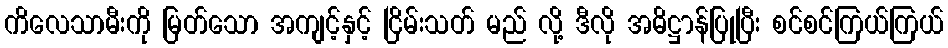
ကိလေသာမီးကို မြတ်သော အကျင့်နှင့် ငြိမ်းသတ် မည် လို့ ဒီလို အဓိဋ္ဌာန်ပြုပြီး စင်စင်ကြယ်ကြယ်